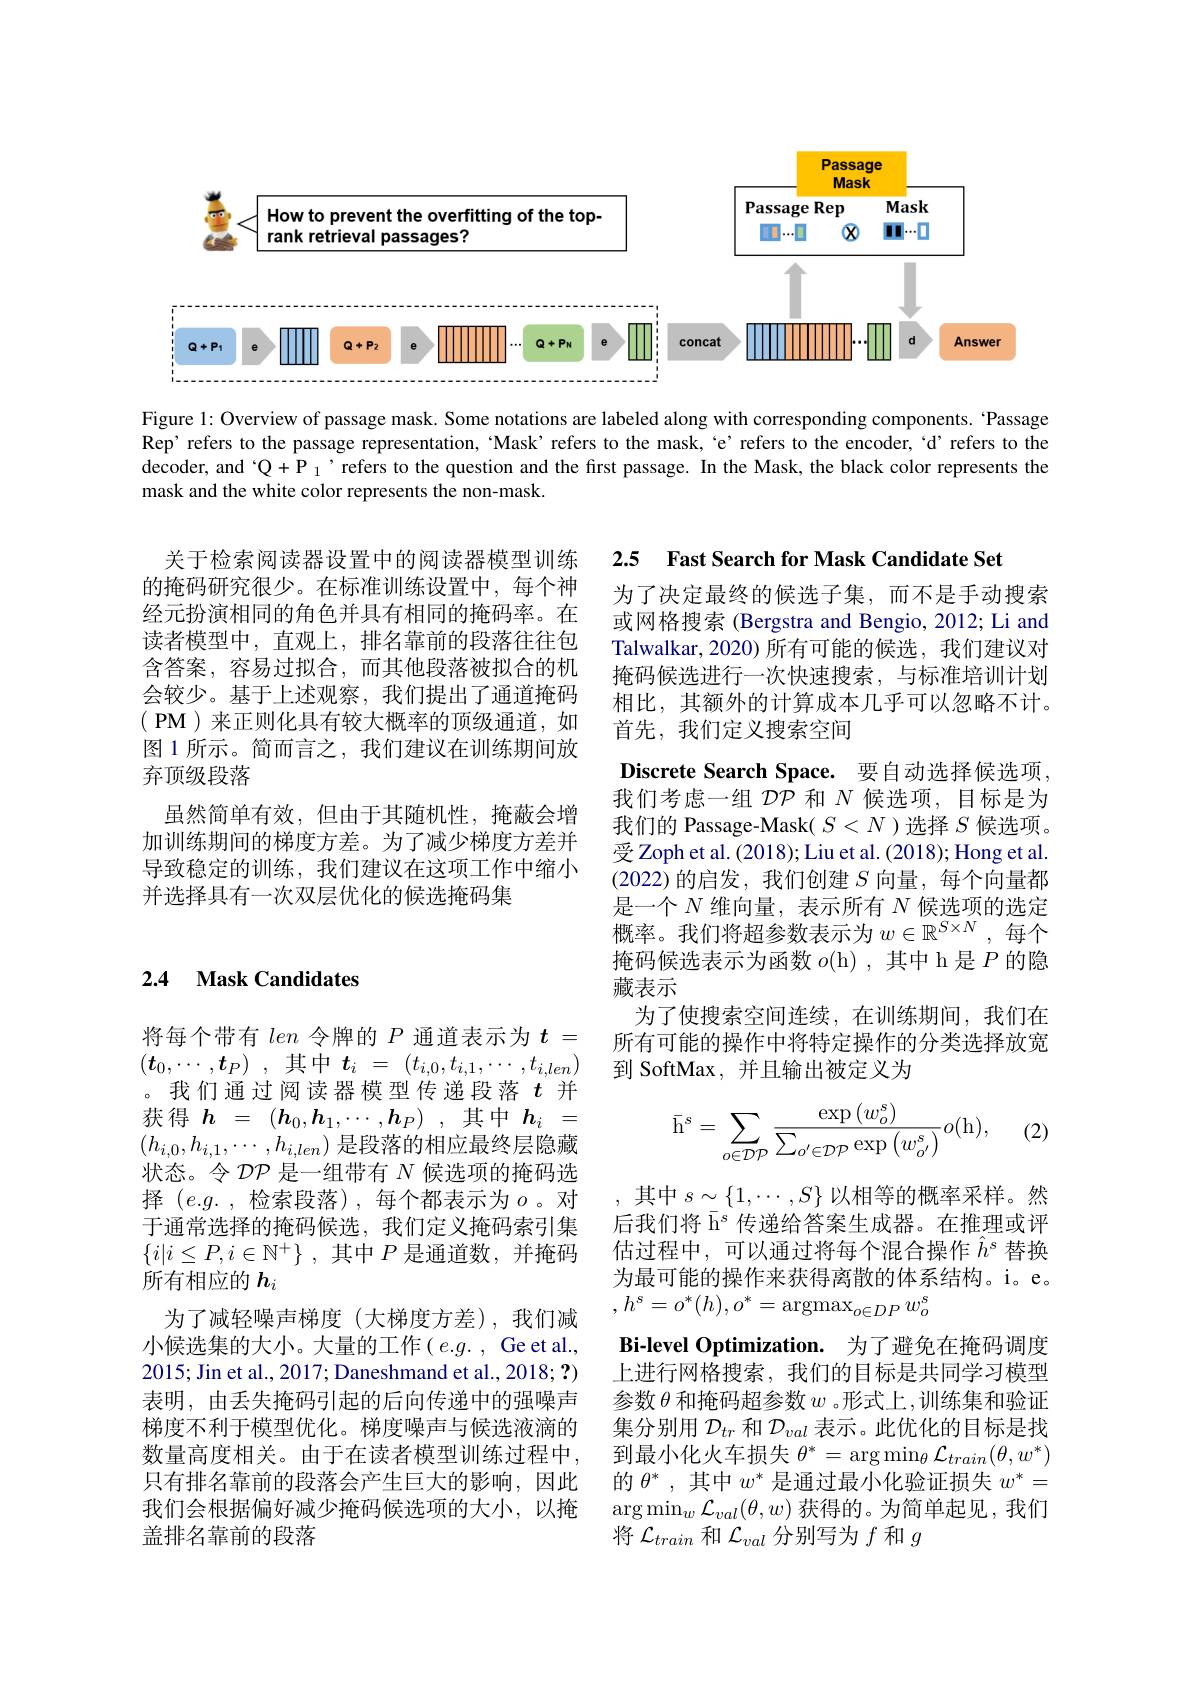
<FigureHere>

Figure 1: Overview of passage mask. Some notations are labeled along with corresponding components. 'Passage Rep'refers to the passage representation, "Mask’refers to the mask, 'e'refers to the encoder, 'd'refers to the decoder, and $^{\cdot}\mathcal{Q}+\mathcal{P}_{1}$ ’refers to the question and the first passage. In the Mask, the black color represents the mask and the white color represents the non-mask.

2.5 Fast Search for Mask Candidate Set

为了决定最终的候选子集，而不是手动搜索或网格搜索 (Bergstra and Bengio, 2012; Li and Talwalkar,2020)所有可能的候选，我们建议对掩码候选进行一次快速搜索，与标准培训计划相比，其额外的计算成本几乎可以忽略不计。首先，我们定义搜索空间

关于检索阅读器设置中的阅读器模型训练的掩码研究很少。在标准训练设置中，每个神经元扮演相同的角色并具有相同的掩码率。在读者模型中，直观上，排名靠前的段落往往包含答案，容易过拟合，而其他段落被拟合的机会较少。基于上述观察，我们提出了通道掩码$( \textbf{ PM ) 来 正 则 化 具 有 较 大 概 率 的 顶 级 通 道 , 如 }$ 图 1 所示。简而言之，我们建议在训练期间放弃顶级段落
虽然简单有效，但由于其随机性，掩蔽会增加训练期间的梯度方差。为了减少梯度方差并导致稳定的训练，我们建议在这项工作中缩小并选择具有一次双层优化的候选掩码集

Discrete Search Space. 要自动选择候选项， 我们考虑一组$\mathcal{DP}$和$N$候选项，目标是为我们的 Passage-Mask( $S<N$ )选择$S$候选项。受 Zoph et al. (2018); Liu et al. (2018); Hong et al. (2022)的启发，我们创建$S$向量，每个向量都是一个$N$维向量，表示所有$N$候选项的选定概率。我们将超参数表示为$w\in\mathbb{R}^S\times N$,每个掩码候选表示为函数 $o($h),其中 h是$P$ 的隐藏表示
为了使搜索空间连续，在训练期间，我们在所有可能的操作中将特定操作的分类选择放宽到 SoftMax ,并且输出被定义为

## 2.4 Mask Candidates
$$\bar{\mathrm{h}}^{s}=\sum_{o\in\mathcal{DP}}\frac{\exp\left(w_{o}^{s}\right)}{\sum_{o'\in\mathcal{DP}}\exp\left(w_{o'}^{s}\right)}o(\mathrm{h}),$$
(2)

其中$s\sim\{1,\cdots,S\}$以相等的概率采样。然后我们将$\bar{\mathrm{h}}^s$传递给答案生成器。在推理或评估过程中，可以通过将每个混合操作$\hat{h}^s$替换为最可能的操作来获得离散的体系结构。i。e。$,h^{s}=o^{*}(h),o^{*}=\operatorname{argmax}_{o\in DP}w_{o}^{s}$

将每个带有len令牌的$P$通道表示为$t=$ $( \boldsymbol{t}_{0}, \cdots , \boldsymbol{t}_{P})$ , 其中$t_i$ = $( t_{i, 0}, t_{i, 1}, \cdots , t_{i, len})$ 。我们通过阅读器模型传递段落$t$ 并获得$h=(\boldsymbol{h}_0,\boldsymbol{h}_1,\cdots,\boldsymbol{h}_P)$,其中$h_i=$ $(h_{i,0},h_{i,1},\cdots,h_{i,len})$是段落的相应最终层隐藏状态。令$\mathcal{DP}$是一组带有$N$候选项的掩码选择 $(e.g.$, 检索段落),每个都表示为$o$。对于通常选择的掩码候选，我们定义掩码索引集$\{ i| i\leq P, i\in \mathbb{N} ^+ \}$ ,其中$P$是通道数，并掩码所有相应的$h_i$
为了减轻噪声梯度(大梯度方差),我们减小候选集的大小。大量的工作$\left(e.g.\right.$,Ge et al., 2015; Jin et al., 2017; Daneshmand et al., 2018; ?) 表明，由丢失掩码引起的后向传递中的强噪声梯度不利于模型优化。梯度噪声与候选液滴的数量高度相关。由于在读者模型训练过程中， 只有排名靠前的段落会产生巨大的影响，因此我们会根据偏好减少掩码候选项的大小，以掩盖排名靠前的段落

Bi-level Optimization. 为了避免在掩码调度上进行网格搜索，我们的目标是共同学习模型参数 $\theta$ 和掩码超参数 $w$ 。形式上，训练集和验证集分别用$\mathcal{D}_tr$和$\mathcal{D}_val$表示。此优化的目标是找到最小化火车损失$\theta^*=\arg\min_\theta\mathcal{L}_{train}(\theta,w^*)$ 的$\theta^*$,其中$w^*$是通过最小化验证损失$w^*=$ $\arg\operatorname*{min}_w\mathcal{L}_{val}(\theta,w)$获得的。为简单起见，我们将$\mathcal{L}_{train}$和$\mathcal{L}_val$分别写为$f$和$g$